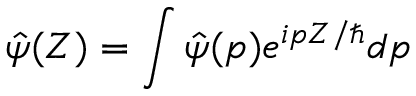
\hat { \psi } ( Z ) = \int \hat { \psi } ( p ) e ^ { i p Z / \hbar } d p